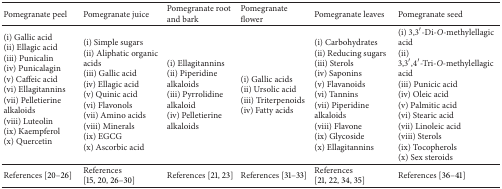
| Pomegranate peel | Pomegranate juice | Pomegranate root and bark | Pomegranate flower | Pomegranate leaves | Pomegranate seed |
 | --- | --- | --- | --- | --- | --- |
 | (i) Gallic acid(ii) Ellagic acid(iii) Punicalin(iv) Punicalagin(v) Caffeic acid(vi) Ellagitannins(vii) Pelletierine alkaloids(viii) Luteolin(ix) Kaempferol(x) Quercetin | (i) Simple sugars(ii) Aliphatic organic acids(iii) Gallic acid(iv) Ellagic acid(v) Quinic acid(vi) Flavonols(vii) Amino acids(viii) Minerals(ix) EGCG(x) Ascorbic acid | (i) Ellagitannins(ii) Piperidine alkaloids(iii) Pyrrolidine alkaloid(iv) Pelletierine alkaloids | (i) Gallic acids(ii) Ursolic acid(iii) Triterpenoids(iv) Fatty acids | (i) Carbohydrates(ii) Reducing sugars(iii) Sterols(iv) Saponins(v) Flavanoids(vi) Tannins(vii) Piperidine alkaloids(viii) Flavone(ix) Glycoside(x) Ellagitannins | (i) 3,3′-Di-O-methylellagic acid(ii) 3,3′,4′-Tri-O-methylellagic acid(iii) Punicic acid(iv) Oleic acid(v) Palmitic acid(vi) Stearic acid(vii) Linoleic acid(viii) Sterols(ix) Tocopherols(x) Sex steroids |
 | References [20–26] | References [15, 20, 26–30] | References [21, 23] | References [31–33] | References [21, 22, 34, 35] | References [36–41] |